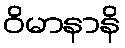
ဝိမာနာနိ